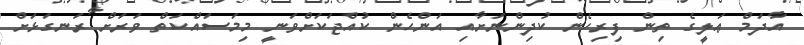
އާދަމް ޢަލީގެ ތިން ފިރިހެން ކުދިންނަށާއި އަންހެން ކުއްޖަކަށްވަނީ މިމަސައްކަތް ވަރަށް ރަނގަޅަށް